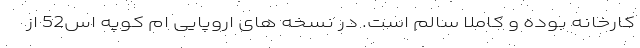
کارخانه بوده و کاملا سالم است. در نسخه های اروپایی ام کوپه اس52 از